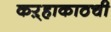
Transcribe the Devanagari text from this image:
कऱ्हाकाठची